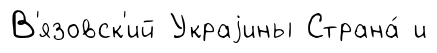
В'язовск'ий Украjины Страна́ и